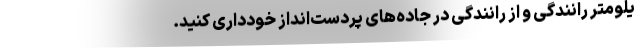
یلومتر رانندگی و از رانندگی در جاده‌های پردست‌انداز خودداری کنید.